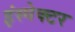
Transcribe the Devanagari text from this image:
इंस्‍पेक्‍टर